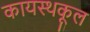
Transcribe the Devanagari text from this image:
कायस्थकूल